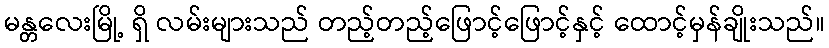
မန္တလေးမြို့ ရှိ လမ်းများသည် တည့်တည့်ဖြောင့်ဖြောင့်နှင့် ထောင့်မှန်ချိုးသည်။